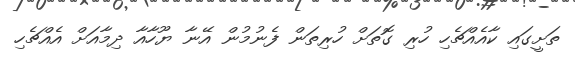
ތަށީގައި ކާއެއްޗެހި ހުރި ގޮތަށް ހުރިތަން ފެނުމުން އޭނާ ޔޫހާއާ ދިމާއަށް އެއްޗެހި